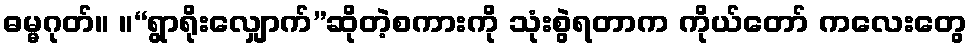
ဓမ္မဂုတ်။ ။“ရွာရိုးလျှောက်”ဆိုတဲ့စကားကို သုံးစွဲရတာက ကိုယ်တော် ကလေးတွေ